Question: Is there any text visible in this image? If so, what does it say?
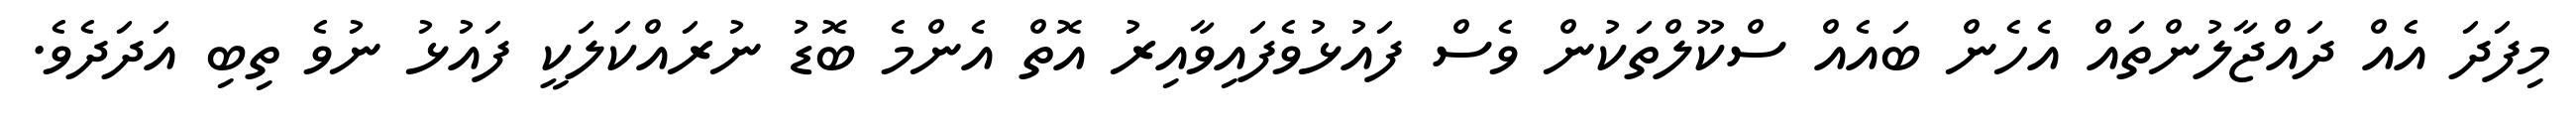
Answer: މިފަދަ އެއް ދައްޖާލުންތައް އެހެން ބައެއް ސްކޫލްތަކުން ވެސް ފައުޅުވެފައިވާއިރު އޮތް އެންމެ ބޮޑު ނުރައްކަލަކީ ފައުޅު ނުވެ ތިބި އަދަދެވެ.